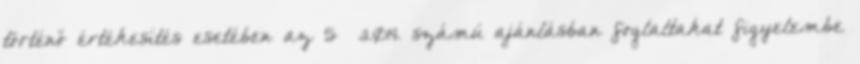
történő értékesítés esetében az 5 2014. számú ajánlásban foglaltakat figyelembe